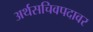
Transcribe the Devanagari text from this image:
अर्थसचिवपदावर